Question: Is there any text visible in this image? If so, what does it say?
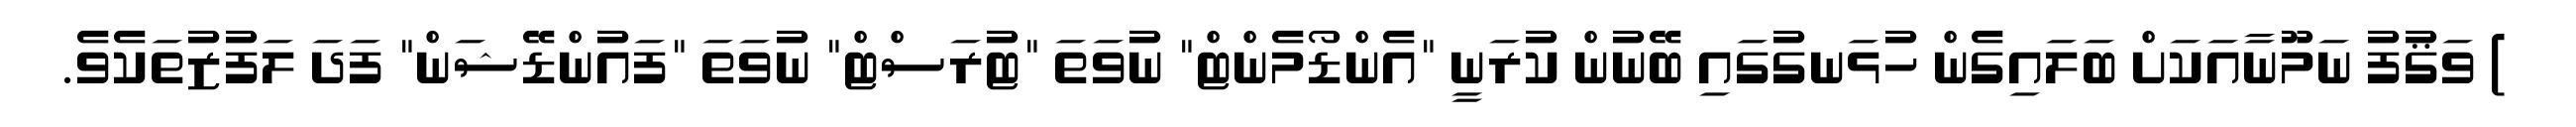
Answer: ) ވަޤުފު ނަމޫނާއަކަށް ބަލައިގެން ހުޅަނގުގައި ބޭނުން ކުރަނީ "އެންޑޯމެންޓް" ނުވަތަ "ޓުރަސްޓް" ނުވަތަ "ފައުންޑޭޝަން" ފަދަ ލަފުޒުތަކެވެ.